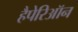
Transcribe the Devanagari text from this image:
हैपेरिऑन